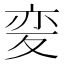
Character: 𭐦